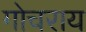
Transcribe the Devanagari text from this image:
गोचराय